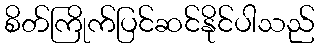
စိတ်ကြိုက်ပြင်ဆင်နိုင်ပါသည်